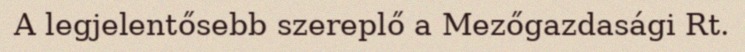
A legjelentősebb szereplő a Mezőgazdasági Rt.